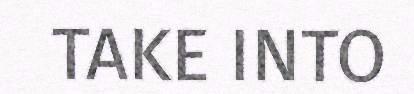
TAKE INTO